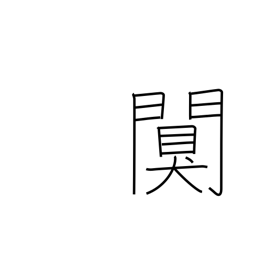
Meaning: quiet